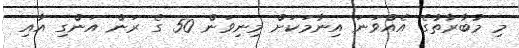
މި މުބާާރާތުގެ އެއްވަނަ އިނާމަކަށް މިނިވަން 50 ގެ ރަން އަންގި އާއި